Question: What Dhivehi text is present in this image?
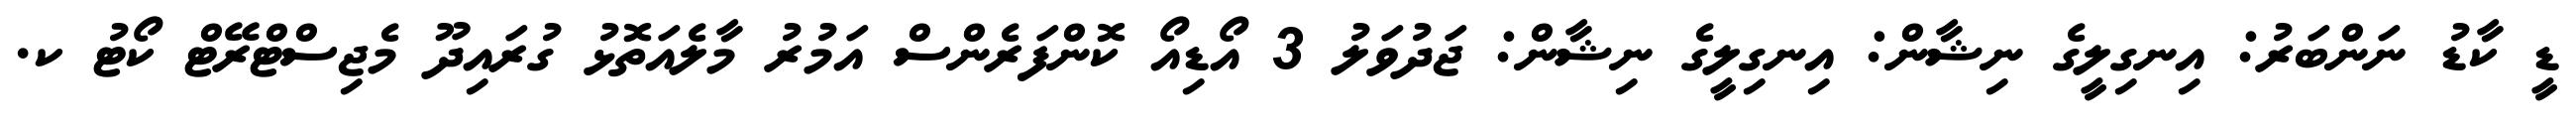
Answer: ޑީ ކާޑު ނަންބަރު: އިނގިލީގެ ނިޝާން: އިނގިލީގެ ނިޝާން: ޖަދުވަލު 3 އޯޑިއޯ ކޮންފަރެންސް އަމުރު މާލެއަތޮޅު ގުރައިދޫ މެޖިސްޓްރޭޓް ކޯޓު ކ.